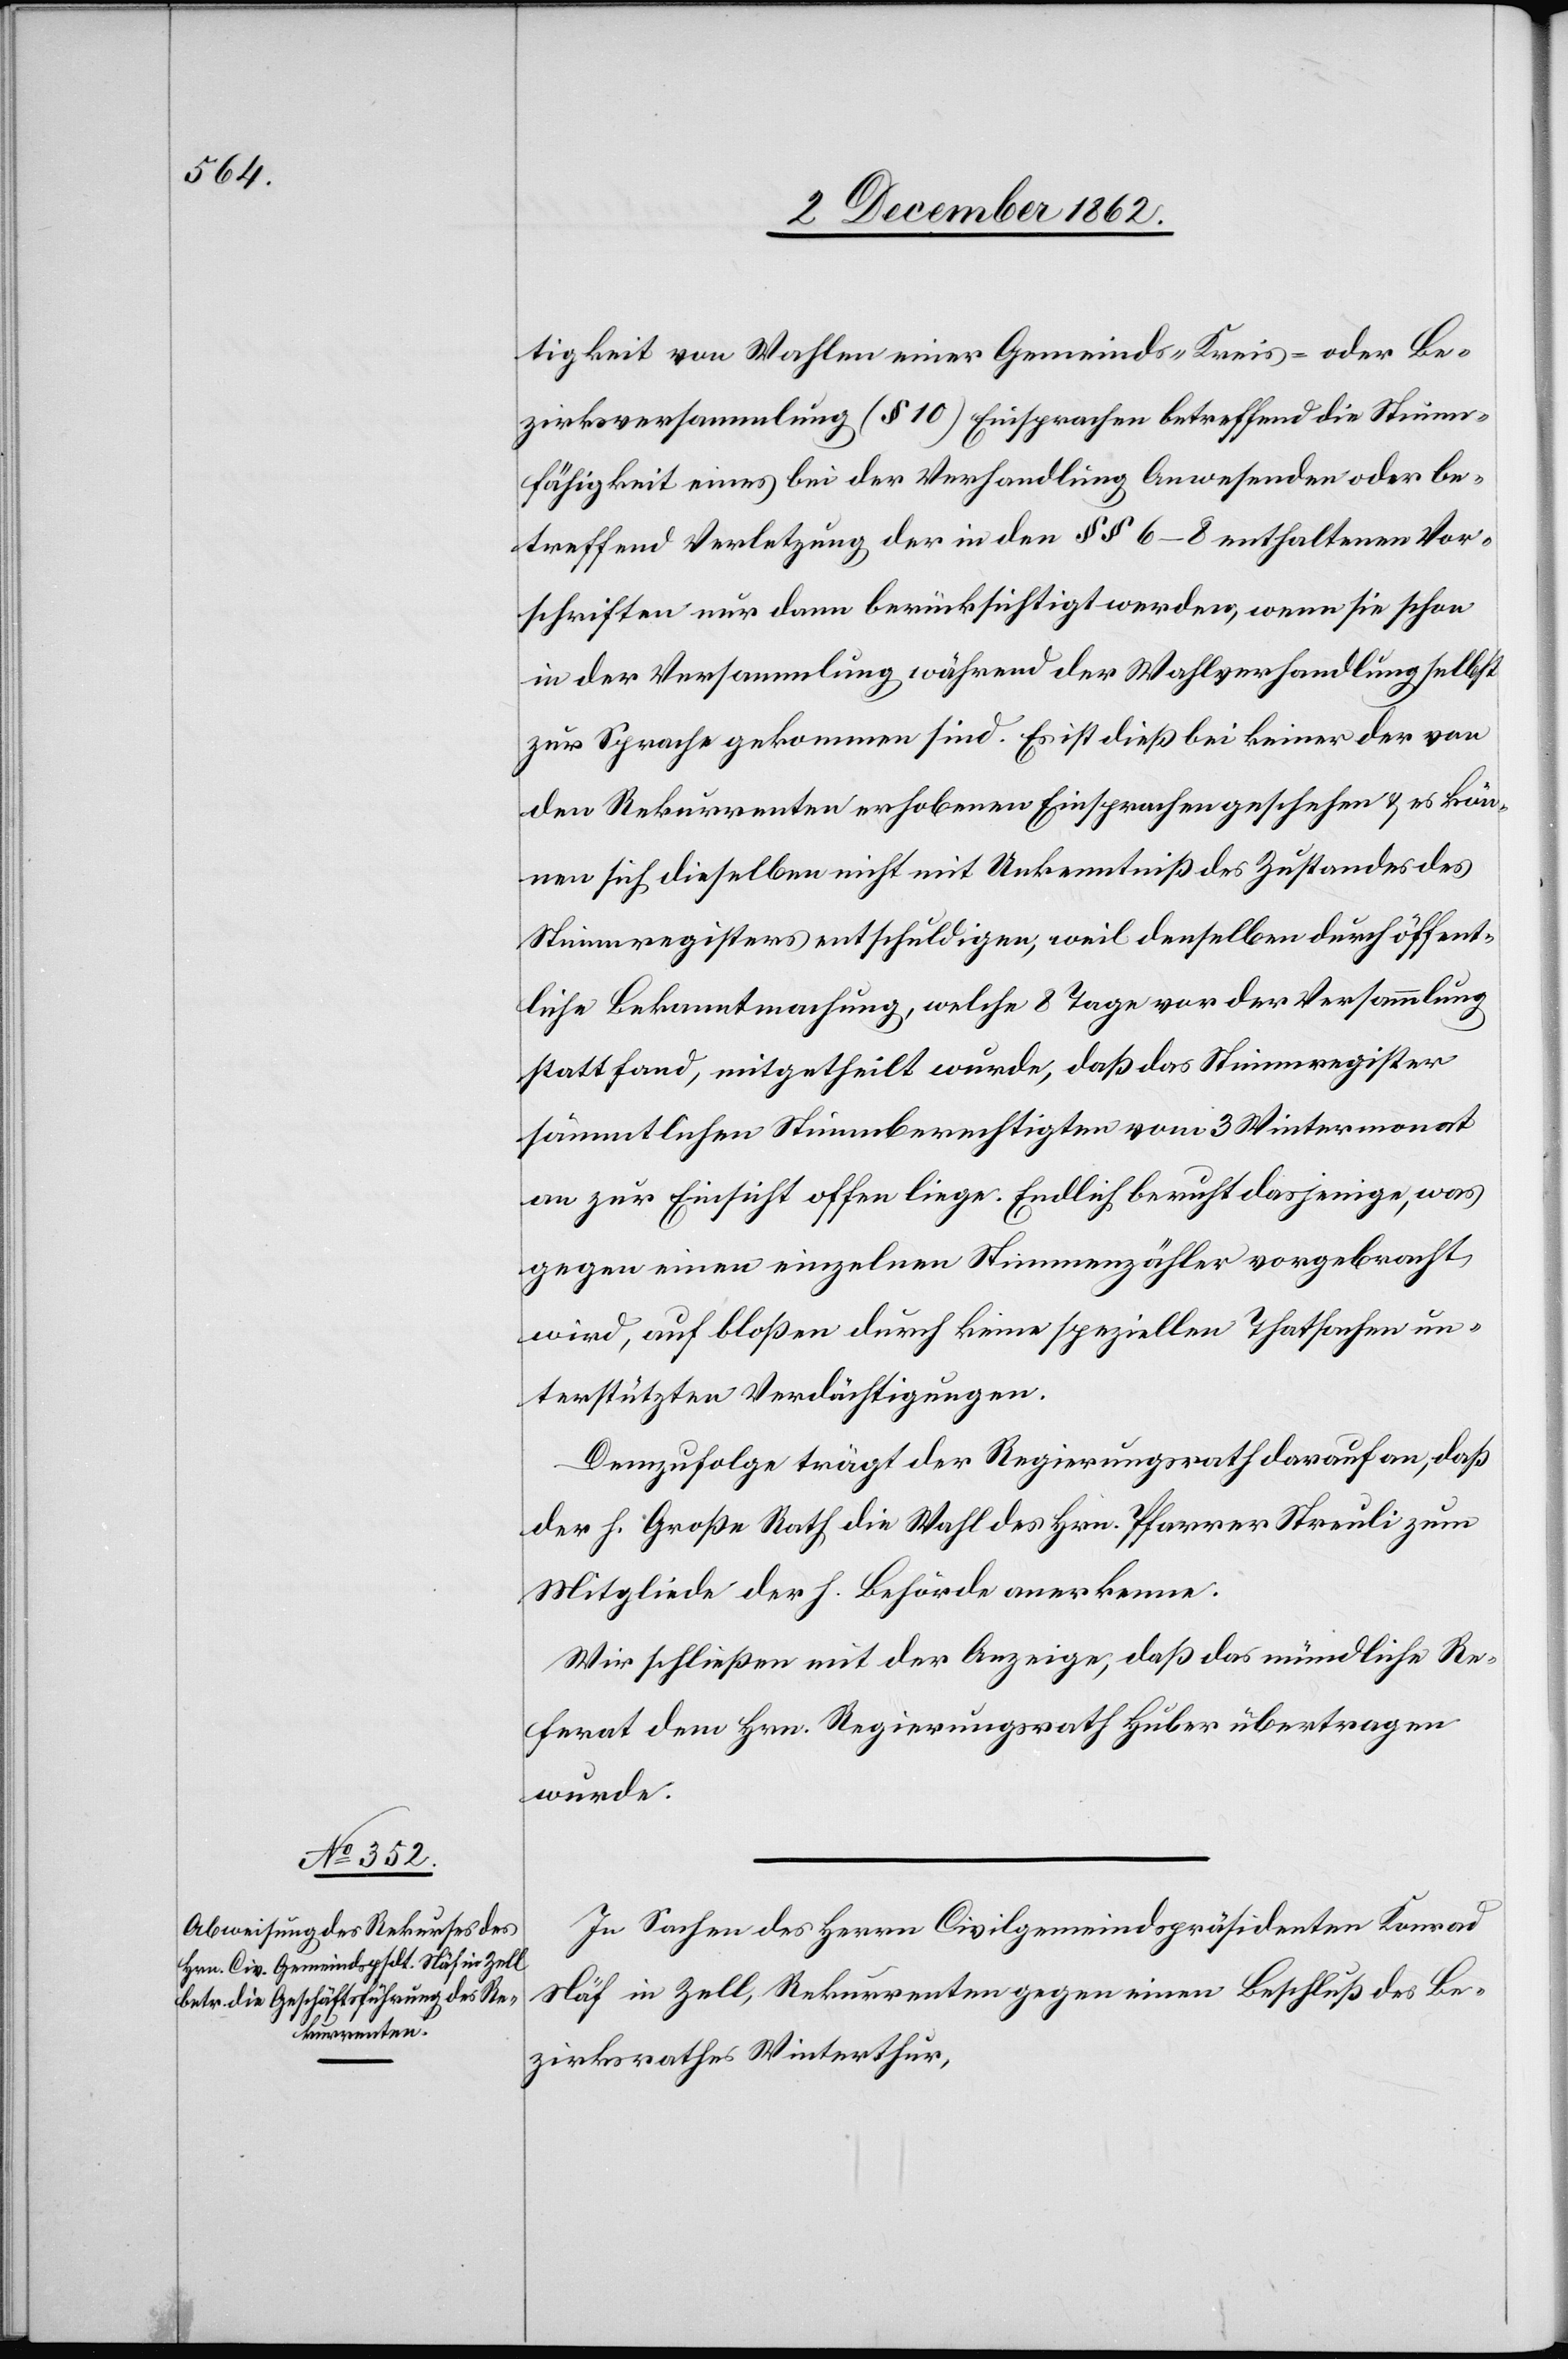
tigkeit von Wahlen einer Gemeinds-[,] Kreis- oder Be¬
zirksversammlung (§ 10) Einsprachen betreffenden oder be¬
treffend Verletzung der in den §§ 6–8 enthaltenen Vor¬
schriften nur dann berücksichtigt werden, wenn sie schon
in der Versammlung während der Wahlverhandlung selbst
zur Sprache gekommen sind. Es ist dieß bei keiner der von
den Rekurrenten erhobenen Einsprachen geschehen u. es kön¬
nen sich dieselben nicht mit Unkenntniß des Zustandes des
Stimmregisters entschuldigen, weil denselben durch öffent¬
liche Bekanntmachung, welche 8 Tage vor der Versammlung
statt fand, mitgetheilt wurde, daß das Stimmregister
sämmtlichen Stimmberechtigten vom 3. Wintermonat
an zur Einsicht offen liege. Endlich beruht dasjenige, was
gegen einen einzelnen Stimmenzähler vorgebracht
wird, auf bloßen durch keine speziellen Thatsachen un¬
terstützten Verdächtigungen.
Demzufolge trägt der Regierungsrath darauf an, daß
der h. Große Rath die Wahl des Hrn. Pfarrer Streuli zum
Mitgliede der h. Behörde anerkenne.
Wir schließen mit der Anzeige, daß das mündliche Re¬
ferat dem Hrn. Regierungsrath Huber übertragen
wurde.
In Sachen des Herrn Civilgemeindspräsident Konrad
Näf in Zell, Rekurrenten gegen einen Beschluß des Be¬
zirksrathes Winterthur,